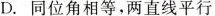
D.同位角相等，两直线平行